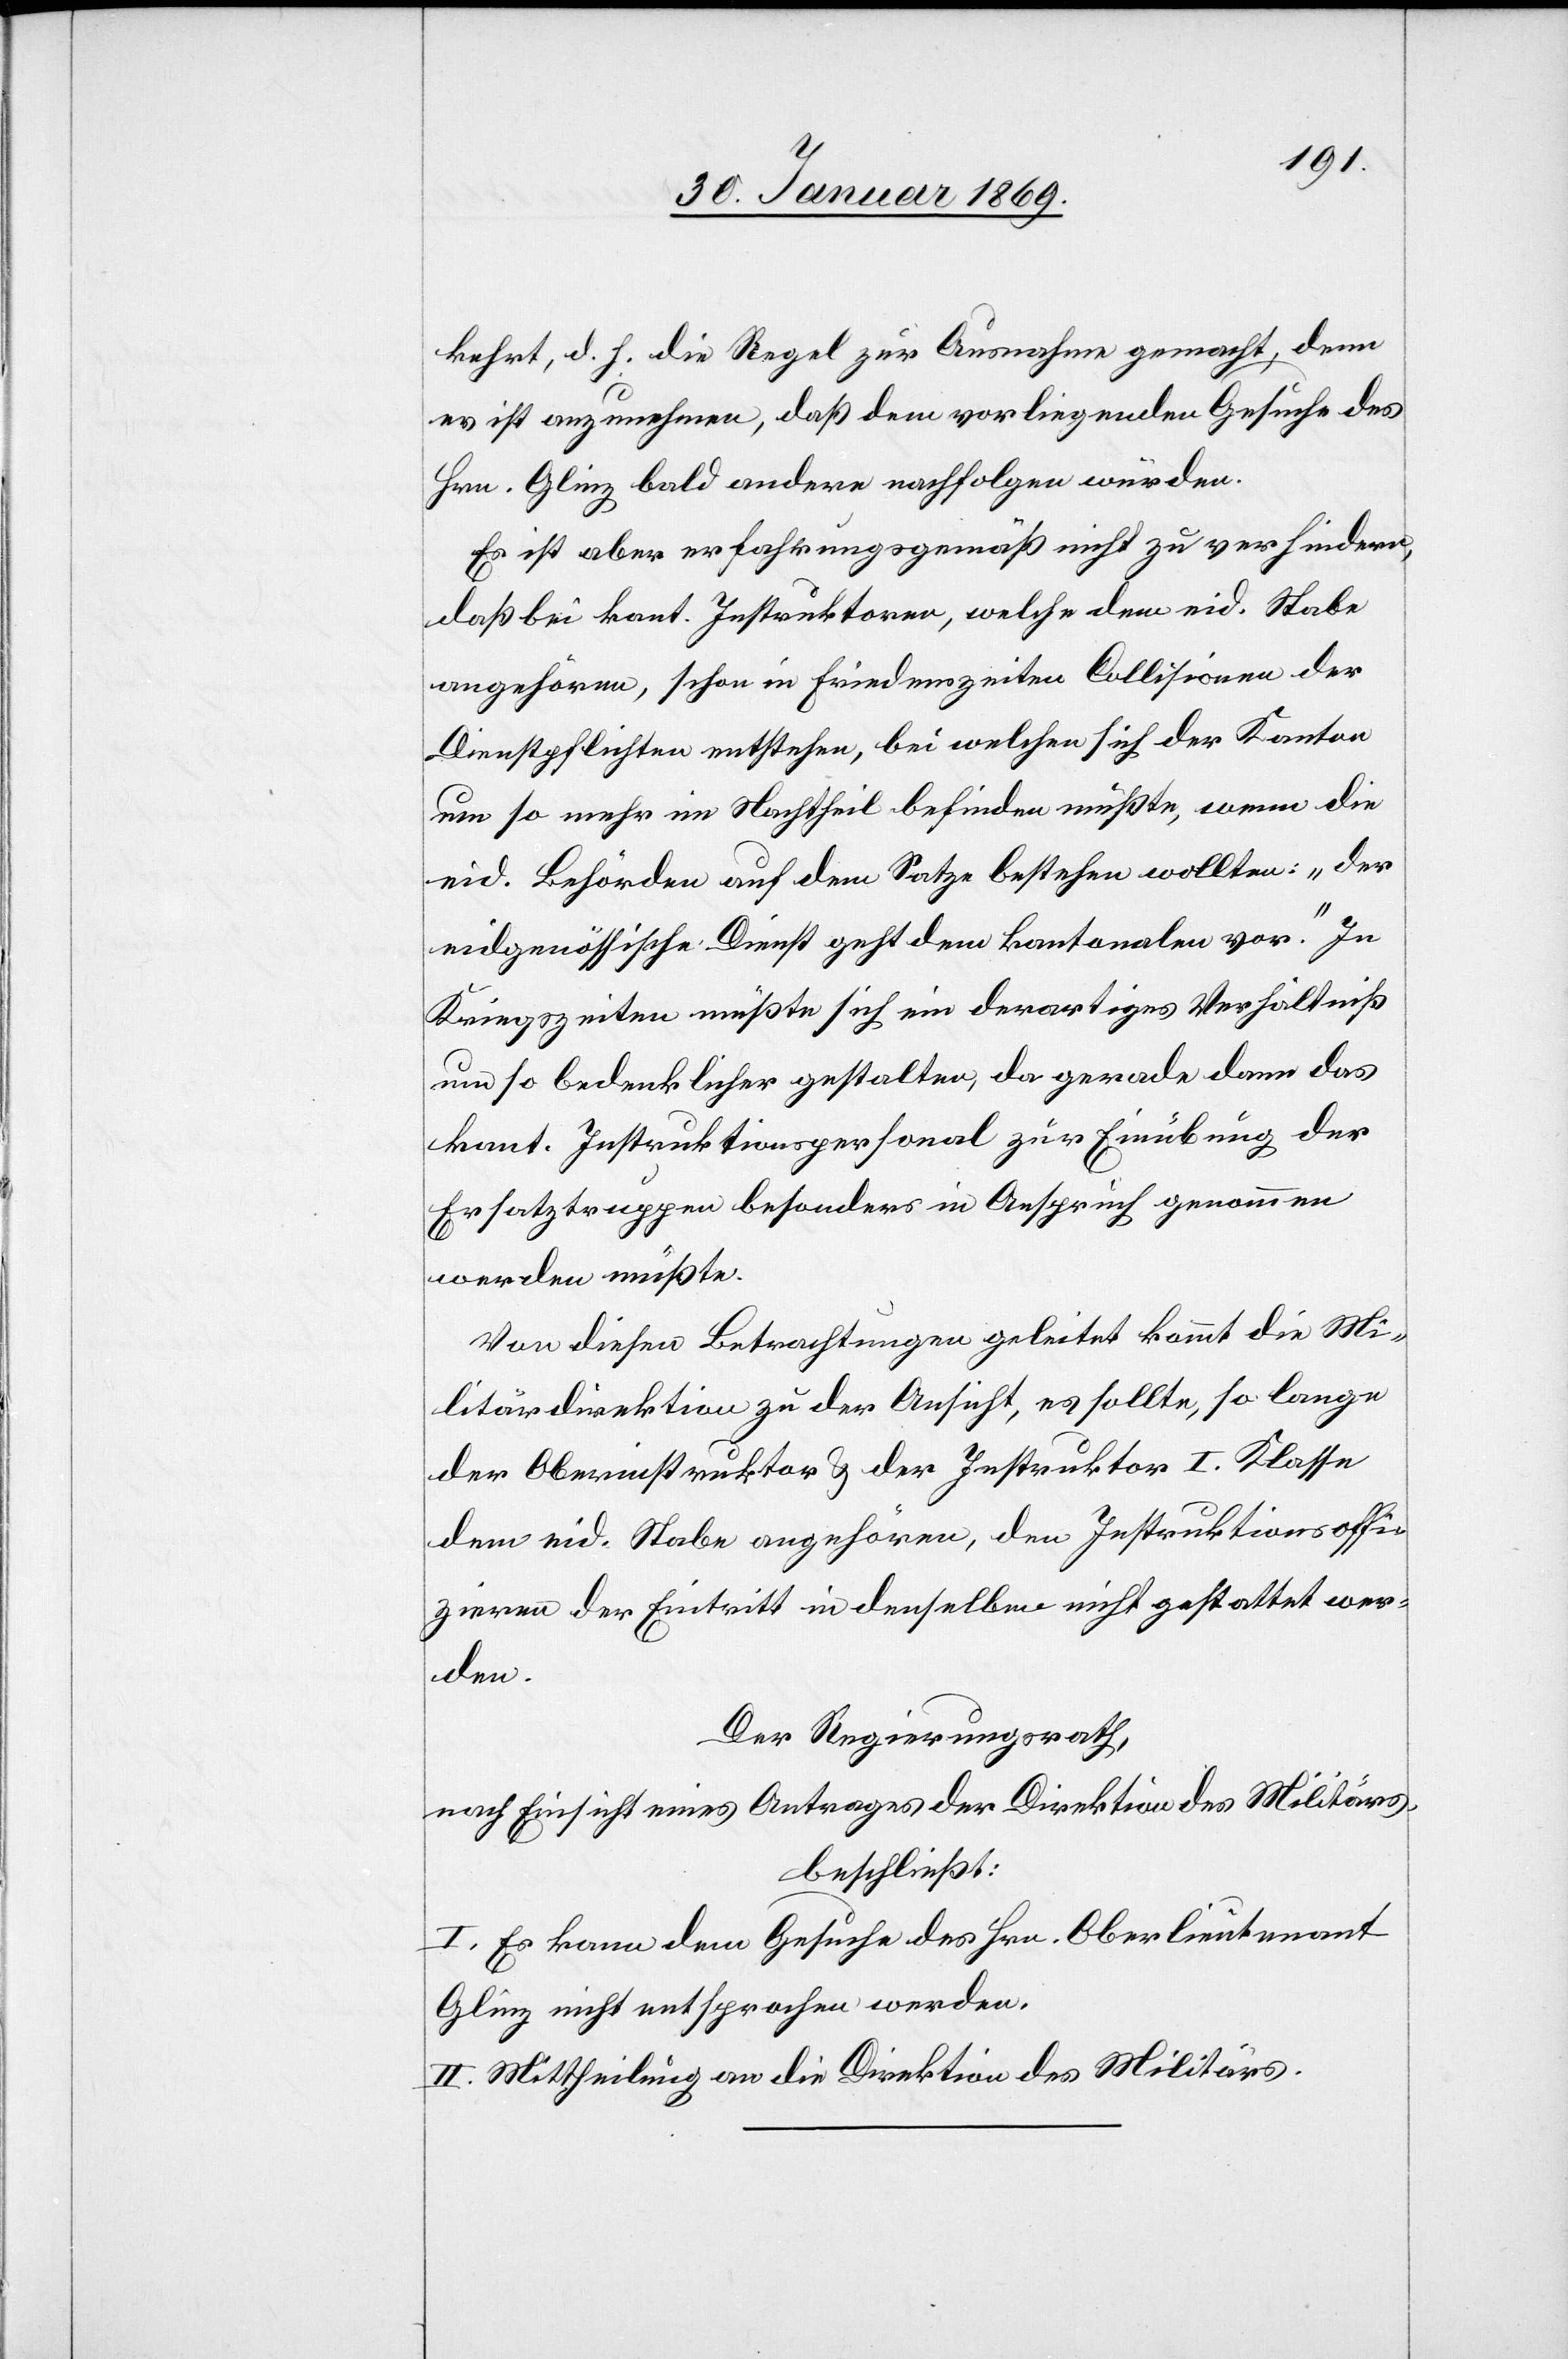
kehrt, d. h. die Regel zur Ausnahme gemacht, denn
es ist anzunehmen, daß dem vorliegenden Gesuche des
Hrn. Glinz bald andere nachfolgen würden.
Es ist aber erfahrungsgemäß nicht zu verhindern,
daß bei kant. Instruktoren, welche dem eid. Stabe
angehören, schon in Friedenszeiten Collisionen der
Dienstpflichten entstehen, bei welchen sich der Kanton
um so mehr im Nachtheil befinden müßte, wenn die
eid. Behörden auf dem Satze bestehen wollten: „Der
eidgenössische Dienst geht dem kantonalen vor.“ In
Kriegszeiten müßte sich ein derartiges Verhältniß
um so bedenklicher gestalten, da gerade dann das
kant. Instruktionspersonal zur Einübung der
Ersatztruppen besonders in Anspruch genommen
werden müßte.
Von diesen Betrachtungen geleitet kommt die Mi¬
litärdirektion zu der Ansicht, es sollte, so lange
der Oberinstruktor u. der Instruktor I. Klasse
dem eid. Stabe angehören, den Instruktionsoffi¬
zieren der Eintritt in denselben nicht gestattet wer¬
den.
Der Regierungsrath,
nach Einsicht eines Antrages der Direktion des Militärs,
beschließt:
I. Es kann dem Gesuche des Hrn. Oberlieutnant
Glinz nicht entsprochen werden.
II. Mittheilung an die Direktion des Militärs.